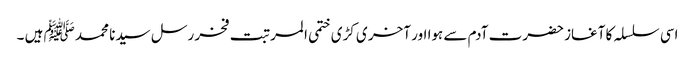
اسی سلسلہ کا آغاز حضرت آدم سے ہوا اور آخر ی کڑی ختمی المرتبت فخر رسل سیدنا محمد ﷺ ہیں ۔